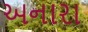
અનારા